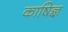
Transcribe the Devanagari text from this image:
काषिज्ञ